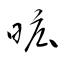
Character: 昿